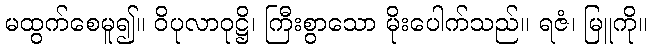
မထွက်စေမူ၍။ ဝိပုလာဝုဋ္ဌိ၊ ကြီးစွာသော မိုးပေါက်သည်။ ရဇံ၊ မြူကို။